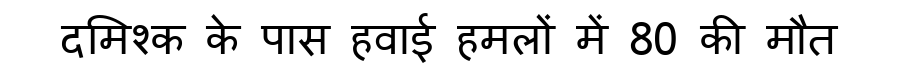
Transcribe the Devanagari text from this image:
दमिश्क के पास हवाई हमलों में 80 की मौत